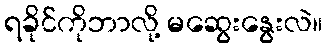
ရခိုင်ကိုဘာလို့ မဆွေးနွေးလဲ။